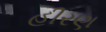
હીરણ